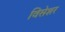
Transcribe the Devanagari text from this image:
विसेशर